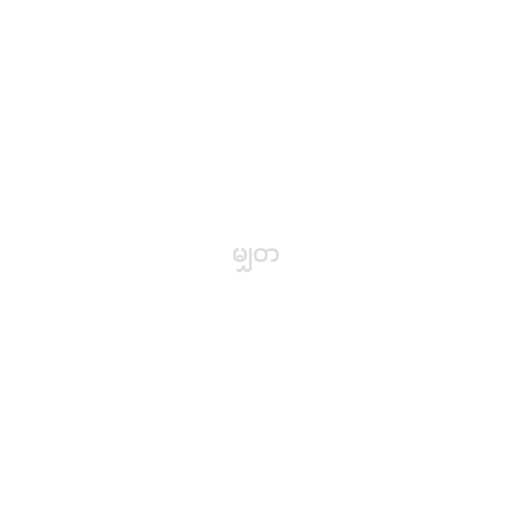
မျှတ